Note on the mental hospitals in Burma - 1925-1940
Year: 1925
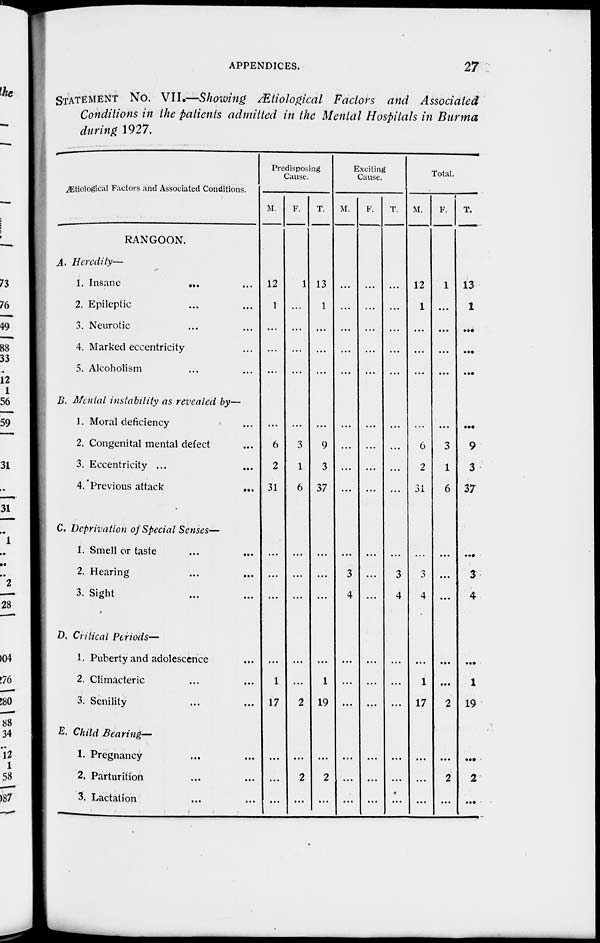
APPENDICES.
27
STATEMENT NO. VII—Showing Ætiological Factors and Associated
Conditions in the patients admitted in the Mental Hospitals in Burma
during 1927.
Ætiological Factors and Associated Conditions.
RANGOON.
A. Heredity-—
1. Insane
... ...
2. Epileptic ... ...
3. Neurotic ... ...
4. Marked eccentricity ...
5. Alcoholism ...
B. Mental instability as revealed by—
I. Moral deficiency ...
2. Congenital mental defect ...
3. Eccentricity ... ...
4. Previous attack
...
...
C. Deprivation of Special Senses—
1. Smell or taste ... ...
2. Hearing ... ...
3. Sight ... ...
D. Critical Periods—
1. Puberty and adolescence ...
2. Climacteric ... ...
3. Senility ... ...
E. Child Bearing—
1. Pregnancy ... ...
2. Parturition ... ...
3. Lactation ... ...
Predisposing
Cause.
M
12
1
...
...
...
...
6
2
31
...
...
...
...
1
17
...
...
...
F.
1
...
...
...
...
...
3
1
6
...
...
...
...
...
2
...
2
...
T.
13
1
...
...
...
...
9
3
37
...
...
...
...
1
19
...
2
...
Exciting
Cause.
M.
...
...
...
...
...
...
...
...
...
...
3
4
...
...
...
...
...
...
F.
...
...
...
...
...
...
...
...
...
...
...
...
...
...
...
...
...
...
T.
...
...
...
...
...
...
...
...
...
...
3
4
...
...
...
...
...
...
Total.
M.
12
1
...
...
...
...
6
2
31
...
3
4
...
1
17
...
...
...
F.
1
...
...
...
...
...
3
1
6
...
...
...
...
...
2
...
2
...
T.
13
1
...
...
...
...
9
3
37
...
3
4
...
1
19
...
2
...